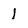
Character: 1